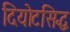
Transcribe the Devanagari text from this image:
दियोटसिद्ध